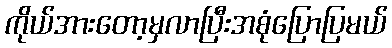
ကိုယ်အားတော့မှလာပြီးအစုံပြောပြမယ်